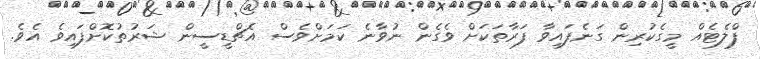
ފްލެޓެއް މީގެކުރިން ގަނެފައިވާ ފަރާތަކަށް ވެގެން ނުވާނެ ކަމަށްވެސް އެޗްޑީސީން ޝަރުތުކޮށްފައިވެ އެވެ.